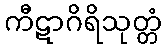
ကီဋာဂိရိသုတ္တံ